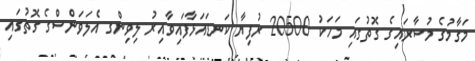
މަގާމުގެ މުސާރައިގެ ގޮތުގައި މަހަކު 20500 ރުފިޔާ ކަނޑައަޅާފައިވާއިރު ލިވިންގ އެލަވަންސްގެ ގޮތުގައި